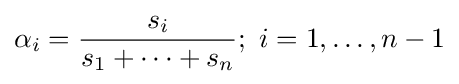
\alpha _{i}={\frac {s_{i}}{s_{1}+\cdots +s_{n}}};\ i=1,\ldots ,n-1